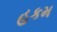
હકમ